Papers set at the Examination for Leaving Certificates, 1894
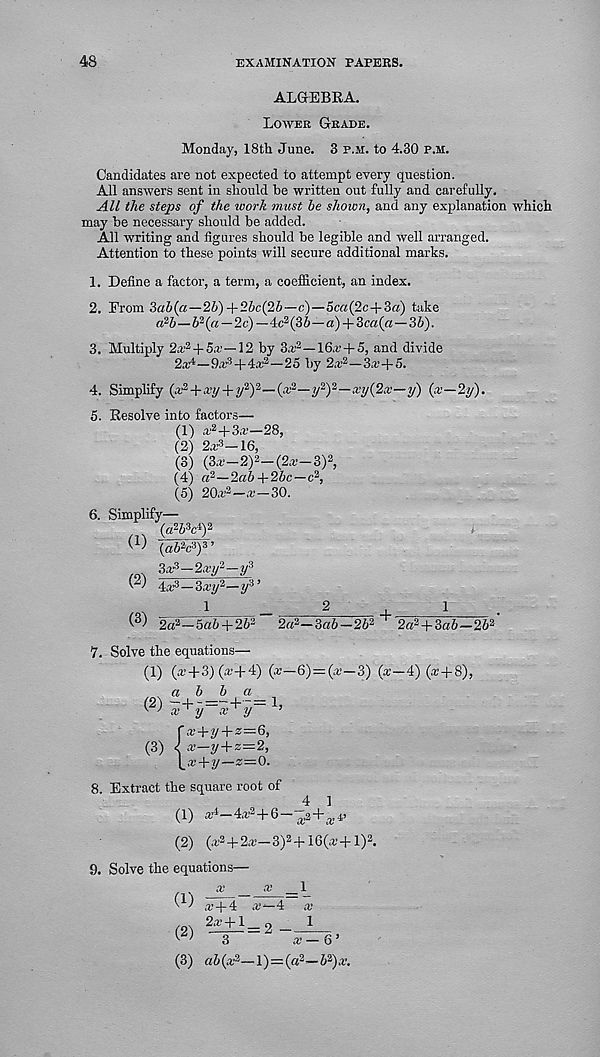
48
examination papers.
ALGEBRA.
Loiter Grade.
Monday, I8th June. 3 p.m. to 4.30 p.m.
Candidates are not expected to attempt every question.
All answers sent in should be written out fully and carefully.
All the steps of the work must he shown, and any explanation which
may be necessary should be added.
All writing and figures should be legible and well arranged.
Attention to these points will secure additional marks.
1. Define a factor, a term, a coefficient, an index.
2. From 3a6(a—2b)-\-2bc{2b—c)—5c«(2c+3«) take
a?b—Z> 2 («—2e)—4c 2 (36—a) + 3ea(a—3S).
3. Multiply 2a; 2 + 5.^, —12 by 3.r 2 —16.r + 5, and divide
2a4—fte 3 +4a: 2 —25 by 2a,’ 2 —S.r+5.
4. Simplify (a’ 2 +a;y + y 2 ) 2 —(a,’ 2 —t/ 2 ) 2 —a’y(2a;—y) (x—2y).
5. Resolve into factors—
(1) a,' 2 +3a.’—28,
(2) 2a,’ 3 -16,
(3) (3a.’—2) 2 —(2a.’—3) 2 ,
(4) a 2 —2ab+2bc—c 2 ‘,
(5) 20a' 2 —a,'—30.
6. Simplify—
(a 2 5 3 c 4 ) 2
W {abWy’
Sa 1 - 3 —2a.’y 2 —y 3
4a^—3xy 2 —y 3 ’
2a 2 -5a5 + 26 2 2a 2 -3«6-26 2 + 2« 2 +3a6-26 2
V. Solve the equations—
(1) (a;+3) (a;+4) (a;—6) = (a,’—3) (*—4) (a; + 8),
8. Extract the square root of
4 1
(1) a4—4a; 2 +6—^,2+^
(2) (a,' 2 +2a'-3) 2 +16(a,’+l) 2 .
9. Solve the equations—
x
x
1
(1)
(3) abia?—l) = (a 2 —6 2 )a’.